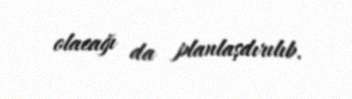
olacağı da planlaşdırılıb.